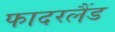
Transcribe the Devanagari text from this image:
फादरलैंड